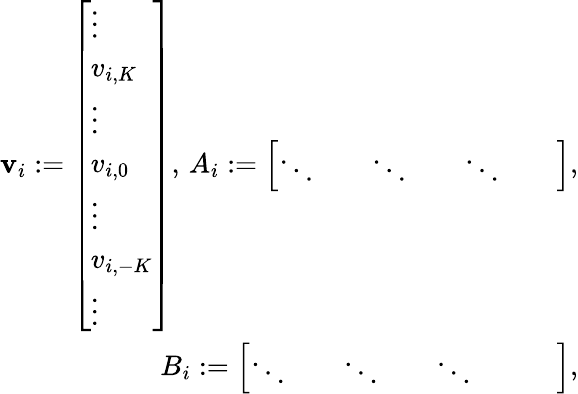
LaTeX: \begin{array}{r}{\mathbf{v}_{i}:=\left[\begin{array}{l}{\vdots}\\ {v_{i,K}}\\ {\vdots}\\ {v_{i,0}}\\ {\vdots}\\ {v_{i,-K}}\\ {\vdots}\end{array}\right],\, A_{i}:=\left[\begin{array}{lllllll}{\ddots}&{}&{\ddots}&{}&{\ddots}&{}&{}\end{array}\right],}\\ {B_{i}:=\left[\begin{array}{llllllll}{\ddots}&{}&{\ddots}&{}&{\ddots}&{}&{}&{}\end{array}\right],}\end{array}